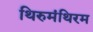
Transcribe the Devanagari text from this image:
थिरुमंथिरम